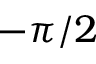
- \pi / 2